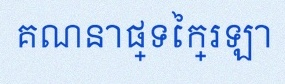
គណនាផ្ទៃក្រឡា